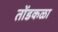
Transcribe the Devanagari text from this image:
तोंडकळा